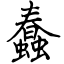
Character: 蠢